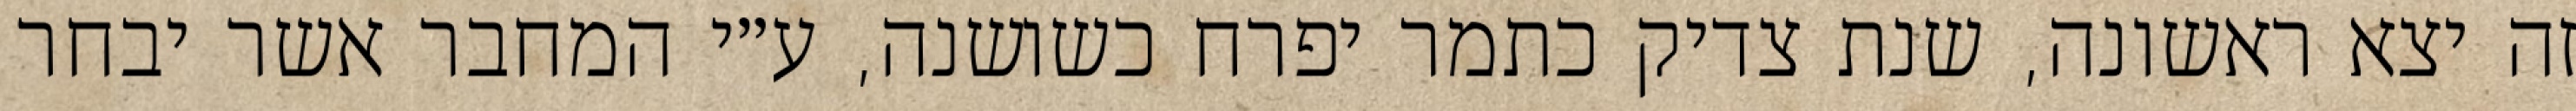
זה יצא ראשונה, שנת צדיק כתמר יפרח כשושנה, ע״י המחבר אשר יבחר